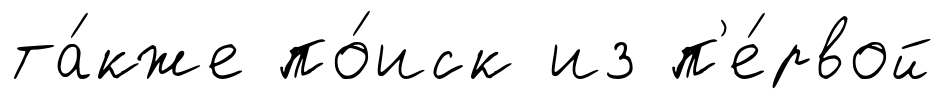
та́кже по́иск из п'е́рвой